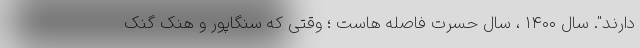
دارند". سال ۱۴۰۰ ، سال حسرت فاصله هاست ؛ وقتی که سنگاپور و هنک گنک